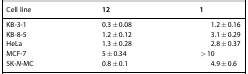
| Cell line | 12 | 1 |
 | --- | --- | --- |
 | KB-3-1 | 0.3±0.08 | 1.2±0.16 |
 | KB-8-5 | 1.2±0.12 | 3.1±0.29 |
 | HeLa | 1.3±0.28 | 2.8±0.37 |
 | MCF-7 | 5±0.34 | >10 |
 | SK-N-MC | 0.8±0.1 | 4.9±0.6 |